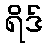
ရိဒ်